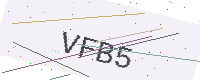
Text: VFB5